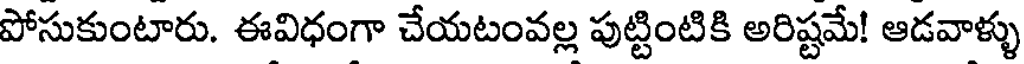
పోసుకుంటారు. ఈవిధంగా చేయటంవల్ల పుట్టింటికి అరిష్టమే! ఆడవాళ్ళు